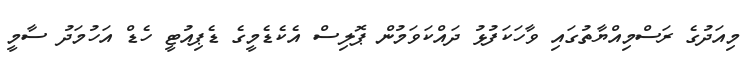
މިއަދުގެ ރަސްމިއްޔާތުގައި ވާހަކަފުޅު ދައްކަވަމުން ޕޮލިސް އެކެޑެމީގެ ޑެޕިއުޓީ ހެޑް އަހުމަދު ސާމީ